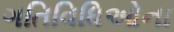
ગતિવિધિઓના